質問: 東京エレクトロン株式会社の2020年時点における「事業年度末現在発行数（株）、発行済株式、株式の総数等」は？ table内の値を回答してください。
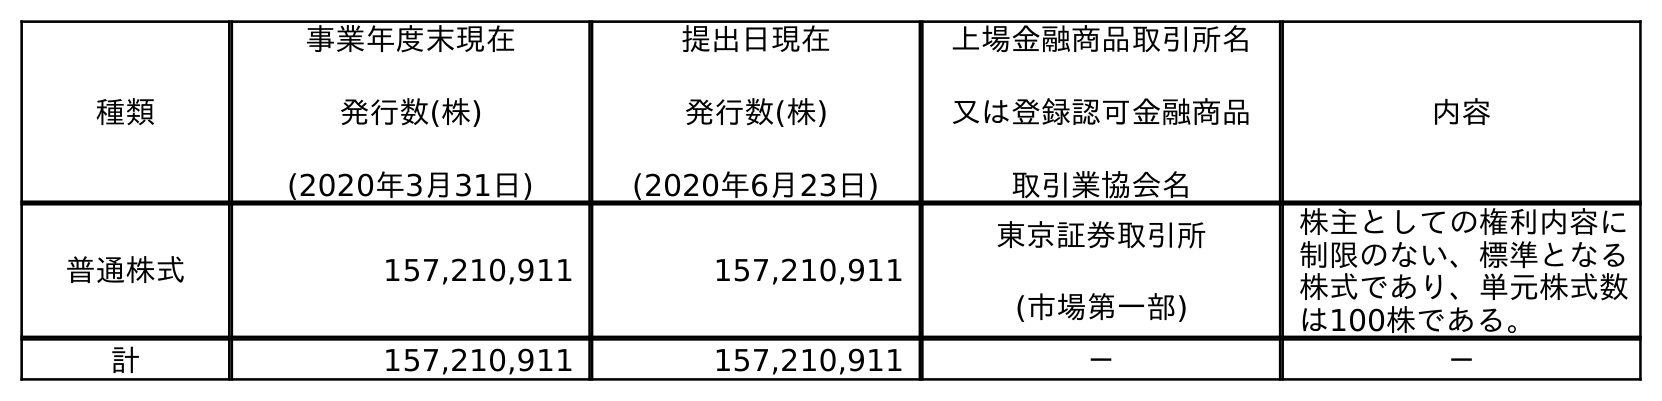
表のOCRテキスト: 種類 事業年度末現在 発行数(株) (2020年3月31日) 提出日現在 発行数(株) (2020年6月23日) 上場金融商品取引所名 又は登録認可金融商品 取引業協会名 内容 普通株式 157,210,911 157,210,911 東京証券取引所 (市場第一部) 株主としての権利内容に 制限のない、標準となる 株式であり、単元株式数 は100株である。 計 157,210,911 157,210,911 － －
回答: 157,210,911